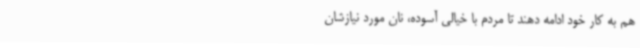
هم به کار خود ادامه دهند تا مردم با خیالی آسوده، نان مورد نیازشان